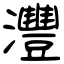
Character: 灃